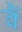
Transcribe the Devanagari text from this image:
बैं